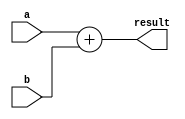
//-----------------------------------------------------------------------------
// Title         : 32-bit Adder Behavioral Model
//-----------------------------------------------------------------------------


module add32(a, b, result);
  input [31:0] a, b;
  output [31:0] result;

  assign result = a + b;
endmodule